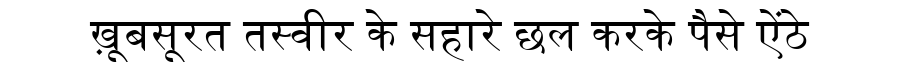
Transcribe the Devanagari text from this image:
ख़ूबसूरत तस्वीर के सहारे छल करके पैसे ऐंठे